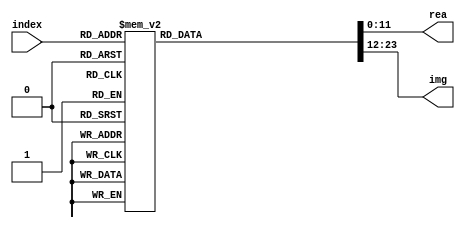
`timescale 1ns / 1ps
//////////////////////////////////////////////////////////////////////////////////
// Company: 
// Engineer: 
// 
// Design Name: 
// Module Name: spin_table
// Project Name: 
// Target Devices: 
// Tool Versions: 
// Description: 
// 
// Dependencies: 
// 
// Revision:
// Revision 0.01 - File Created
// Additional Comments:
// 
//////////////////////////////////////////////////////////////////////////////////


module spin_table(
	input[2:0]			index,
	
	output[11:0]		rea,
	output[11:0]		img
    );
    reg [11:0]			rea_tmp;
    reg [11:0]			img_tmp;
    always@(*) begin
    	case(index)
    		3'b000:begin
    			rea_tmp = 127;
    			img_tmp = 0;
    		end
    		3'b001:begin
    			rea_tmp = 90;
    			img_tmp = -90;
    		end
    		3'b010:begin
    			rea_tmp = 0;
    			img_tmp = -127;
    		end
    		3'b011:begin
    			rea_tmp = -90;
    			img_tmp = -90;
    		end
    		3'b100:begin
    			rea_tmp = -127;
    			img_tmp = 0;
    		end
    		3'b101:begin
    			rea_tmp = -90;
    			img_tmp = 90;
    		end
    		3'b110:begin
    			rea_tmp = 0;
    			img_tmp = 127;
    		end
    		3'b111:begin
    			rea_tmp = 90;
    			img_tmp = 90;
    		end
    	endcase
    end
    assign rea = rea_tmp;
    assign img = img_tmp;
endmodule